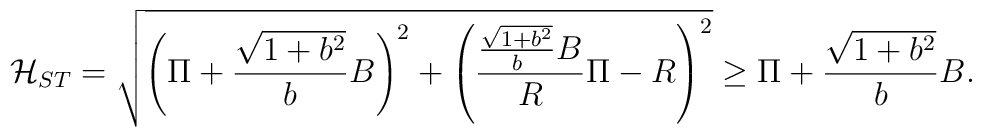
{\cal H}_{ST} =\sqrt{ \left( \Pi + \frac{\sqrt{1 + b^2}}{b} B \right)^2 +       \left( \frac{\frac{\sqrt{1 + b^2}}{b} B}{R} \Pi - R \right)^2     } \geq \Pi + \frac{\sqrt{1 + b^2}}{b} B.